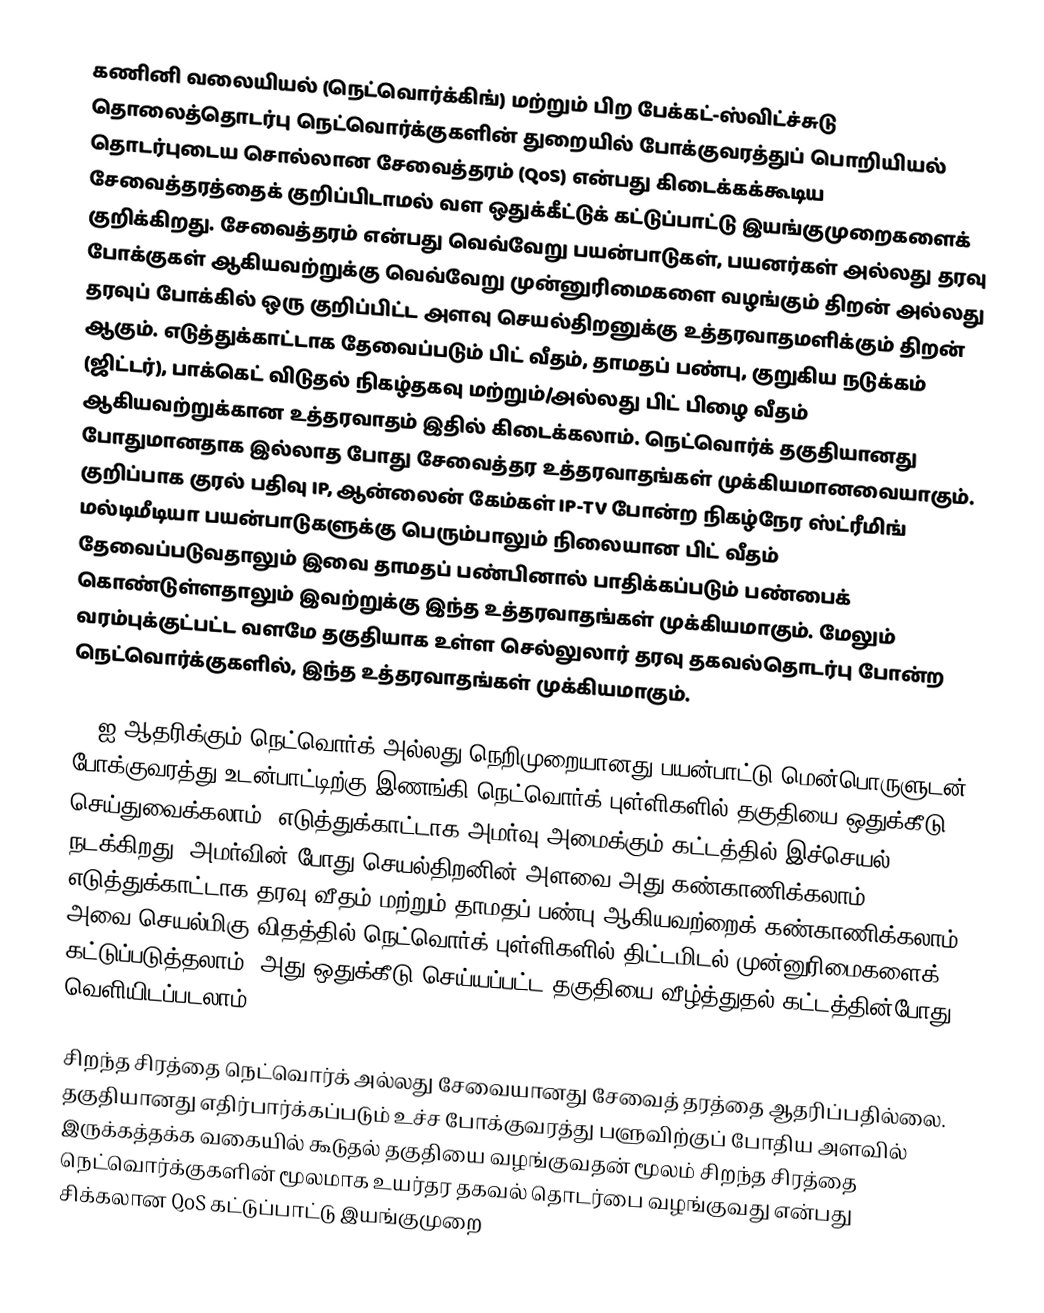
கணினி வலையியல் (நெட்வொர்க்கிங்) மற்றும் பிற பேக்கட்-ஸ்விட்ச்சுடு தொலைத்தொடர்பு நெட்வொர்க்குகளின் துறையில் போக்குவரத்துப் பொறியியல் தொடர்புடைய சொல்லான சேவைத்தரம் (QoS) என்பது கிடைக்கக்கூடிய சேவைத்தரத்தைக் குறிப்பிடாமல் வள ஒதுக்கீட்டுக் கட்டுப்பாட்டு இயங்குமுறைகளைக் குறிக்கிறது. சேவைத்தரம் என்பது வெவ்வேறு பயன்பாடுகள், பயனர்கள் அல்லது தரவு போக்குகள் ஆகியவற்றுக்கு வெவ்வேறு முன்னுரிமைகளை வழங்கும் திறன் அல்லது தரவுப் போக்கில் ஒரு குறிப்பிட்ட அளவு செயல்திறனுக்கு உத்தரவாதமளிக்கும் திறன் ஆகும். எடுத்துக்காட்டாக தேவைப்படும் பிட் வீதம், தாமதப் பண்பு, குறுகிய நடுக்கம் (ஜிட்டர்), பாக்கெட் விடுதல் நிகழ்தகவு மற்றும்/அல்லது பிட் பிழை வீதம் ஆகியவற்றுக்கான உத்தரவாதம் இதில் கிடைக்கலாம். நெட்வொர்க் தகுதியானது போதுமானதாக இல்லாத போது சேவைத்தர உத்தரவாதங்கள் முக்கியமானவையாகும். குறிப்பாக குரல் பதிவு IP, ஆன்லைன் கேம்கள் IP-TV போன்ற நிகழ்நேர ஸ்ட்ரீமிங் மல்டிமீடியா பயன்பாடுகளுக்கு பெரும்பாலும் நிலையான பிட் வீதம் தேவைப்படுவதாலும் இவை தாமதப் பண்பினால் பாதிக்கப்படும் பண்பைக் கொண்டுள்ளதாலும் இவற்றுக்கு இந்த உத்தரவாதங்கள் முக்கியமாகும். மேலும் வரம்புக்குட்பட்ட வளமே தகுதியாக உள்ள செல்லுலார் தரவு தகவல்தொடர்பு போன்ற நெட்வொர்க்குகளில், இந்த உத்தரவாதங்கள் முக்கியமாகும்.

QoSஐ ஆதரிக்கும் நெட்வொர்க் அல்லது நெறிமுறையானது பயன்பாட்டு மென்பொருளுடன் போக்குவரத்து உடன்பாட்டிற்கு இணங்கி நெட்வொர்க் புள்ளிகளில் தகுதியை ஒதுக்கீடு செய்துவைக்கலாம். எடுத்துக்காட்டாக அமர்வு அமைக்கும் கட்டத்தில் இச்செயல் நடக்கிறது. அமர்வின் போது செயல்திறனின் அளவை அது கண்காணிக்கலாம். எடுத்துக்காட்டாக தரவு வீதம் மற்றும் தாமதப் பண்பு ஆகியவற்றைக் கண்காணிக்கலாம். அவை செயல்மிகு விதத்தில் நெட்வொர்க் புள்ளிகளில் திட்டமிடல் முன்னுரிமைகளைக் கட்டுப்படுத்தலாம். அது ஒதுக்கீடு செய்யப்பட்ட தகுதியை வீழ்த்துதல் கட்டத்தின்போது வெளியிடப்படலாம்.

சிறந்த சிரத்தை நெட்வொர்க் அல்லது சேவையானது சேவைத் தரத்தை ஆதரிப்பதில்லை. தகுதியானது எதிர்பார்க்கப்படும் உச்ச போக்குவரத்து பளுவிற்குப் போதிய அளவில் இருக்கத்தக்க வகையில் கூடுதல் தகுதியை வழங்குவதன் மூலம் சிறந்த சிரத்தை நெட்வொர்க்குகளின் மூலமாக உயர்தர தகவல் தொடர்பை வழங்குவது என்பது சிக்கலான QoS கட்டுப்பாட்டு இயங்குமுறை